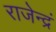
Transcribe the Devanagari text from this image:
राजेन्द्रं